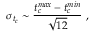
\sigma _ { t _ { c } } \sim \frac { t _ { c } ^ { m a x } - t _ { c } ^ { m i n } } { \sqrt { 1 2 } } ~ ,